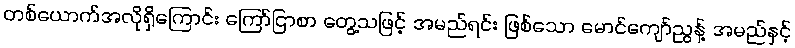
တစ်ယောက်အလိုရှိကြောင်း ကြော်ငြာစာ တွေ့သဖြင့် အမည်ရင်း ဖြစ်သော မောင်ကျော်ညွန့် အမည်နှင့်